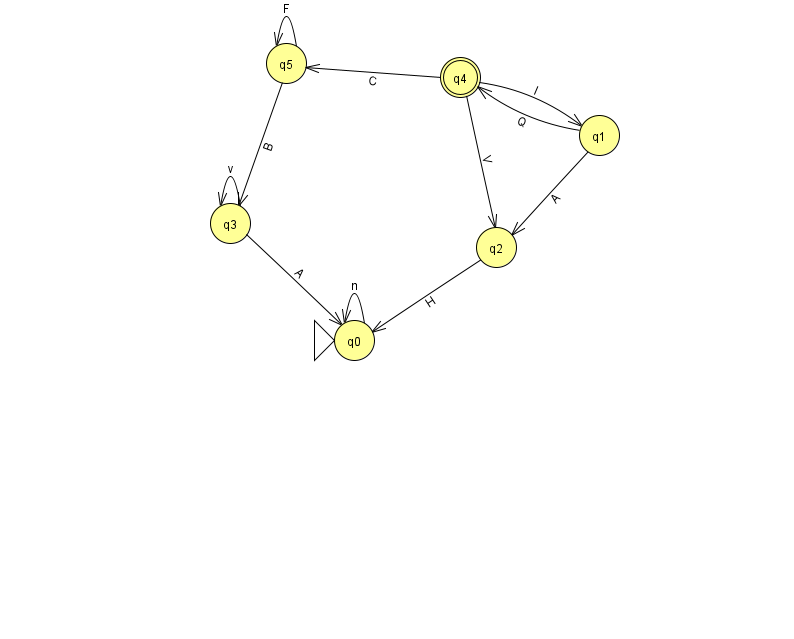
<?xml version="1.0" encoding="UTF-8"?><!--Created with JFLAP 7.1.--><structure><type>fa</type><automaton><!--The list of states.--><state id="0" name="q0"><x>354.0</x><y>327.0</y><initial/></state><state id="1" name="q1"><x>599.0</x><y>122.0</y></state><state id="2" name="q2"><x>496.0</x><y>234.0</y></state><state id="3" name="q3"><x>230.0</x><y>210.0</y></state><state id="4" name="q4"><x>460.0</x><y>64.0</y><final/></state><state id="5" name="q5"><x>286.0</x><y>50.0</y></state><!--The list of transitions.--><transition><from>1</from><to>4</to><read>Q</read></transition><transition><from>3</from><to>0</to><read>A</read></transition><transition><from>3</from><to>3</to><read>v</read></transition><transition><from>5</from><to>5</to><read>F</read></transition><transition><from>5</from><to>3</to><read>B</read></transition><transition><from>4</from><to>5</to><read>C</read></transition><transition><from>4</from><to>2</to><read>V</read></transition><transition><from>0</from><to>0</to><read>n</read></transition><transition><from>1</from><to>2</to><read>A</read></transition><transition><from>2</from><to>0</to><read>H</read></transition><transition><from>4</from><to>1</to><read>l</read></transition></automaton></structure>